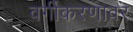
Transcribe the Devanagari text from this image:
वर्गीकरणावर